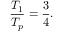
\begin{array} { c c c } { \displaystyle { \frac { T _ { 1 } } { T _ { p } } = \frac { 3 } { 4 } . } } \end{array}